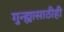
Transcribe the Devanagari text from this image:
गुन्ह्यासाठीही